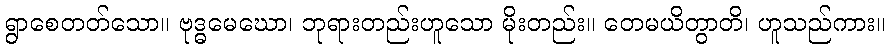
ရွာစေတတ်သော။ ဗုဒ္ဓမေဃော၊ ဘုရားတည်းဟူသော မိုးတည်း။ တေမယိတွာတိ၊ ဟူသည်ကား။